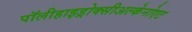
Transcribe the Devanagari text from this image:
पॉलीहाइड्रोक्सीअल्केनोएट